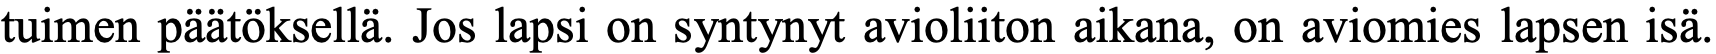
tuimen päätöksellä. Jos lapsi on syntynyt avioliiton aikana, on aviomies lapsen isä.